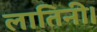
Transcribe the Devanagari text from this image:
लातिनी।